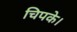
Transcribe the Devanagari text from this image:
चिपके।